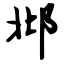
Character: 邶